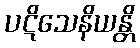
ပဋိသေနိယန္တိ